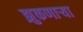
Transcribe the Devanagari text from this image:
झुकणार्‍या